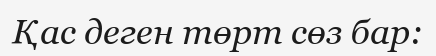
Қас деген төрт сөз бар: